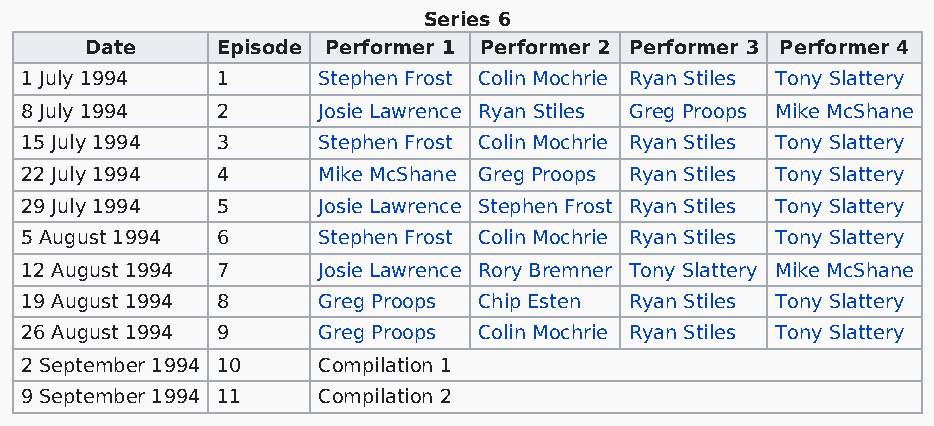
Series 6
 Date    Episode Performer 1 Performer 2 Performer 3 Performer 4
 1 July 1994  1      Stephen Frost Colin Mochrie Ryan Stiles Tony Slattery
 8 July 1994  2      Josie Lawrence Ryan Stiles Greg Proops Mike McShane
 15 July 1994 3      Stephen Frost Colin Mochrie Ryan Stiles Tony Slattery
 22 July 1994 4      Mike McShane Greg Proops Ryan Stiles Tony Slattery
 29 July 1994 5      Josie Lawrence Stephen Frost Ryan Stiles Tony Slattery
 5 August 1994 6     Stephen Frost Colin Mochrie Ryan Stiles Tony Slattery
 12 August 1994 7    Josie Lawrence Rory Bremner Tony Slattery Mike McShane
 19 August 1994 8    Greg Proops Chip Esten Ryan Stiles Tony Slattery
 26 August 1994 9    Greg Proops Colin Mochrie Ryan Stiles Tony Slattery
 2 September 1994 10 Compilation 1
 9 September 1994 11 Compilation 2